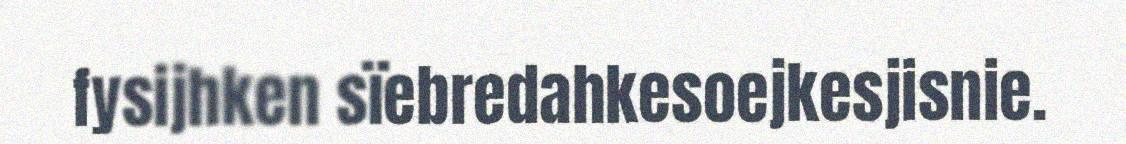
fysijhken sïebredahkesoejkesjisnie.